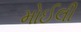
મોઈલી